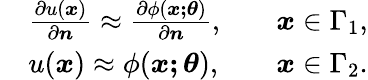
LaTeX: \begin{array}{rlr}&{\frac{\partial u(\boldsymbol{x})}{\partial\boldsymbol{n}}\approx\frac{\partial\phi(\boldsymbol{x;\theta})}{\partial\boldsymbol{n}},\quad}&{\boldsymbol{x}\in\Gamma_{1},}\\ &{u(\boldsymbol{x})\approx\phi(\boldsymbol{x;\theta}),\quad}&{\boldsymbol{x}\in\Gamma_{2}.}\end{array}